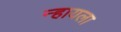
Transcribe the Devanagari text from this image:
न्हायला